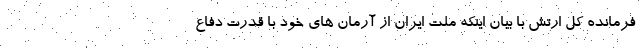
فرمانده کل ارتش با بیان اینکه ملت ایران از آرمان های خود با قدرت دفاع